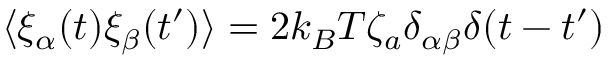
\langle \xi _ { \alpha } ( t ) \xi _ { \beta } ( t ^ { \prime } ) \rangle = 2 k _ { B } T \zeta _ { a } \delta _ { \alpha \beta } \delta ( t - t ^ { \prime } )